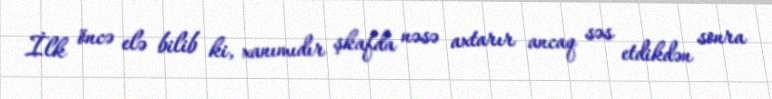
İlk öncə elə bilib ki, xanımıdır şkafda nəsə axtarır ancaq səs etdikdən sonra